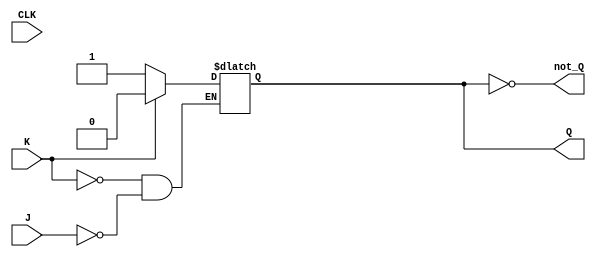
module jk_flip_flop (
    input wire J, // Set input
    input wire K, // Reset input
    input wire CLK, // Clock input
    output reg Q, // Output Q
    output reg not_Q // Output not Q
);

reg master_latch;
reg slave_latch;

always @ (posedge CLK)
    master_latch <= J & master_latch; // Update master latch on rising edge of clock

always @ (negedge CLK)
    slave_latch <= master_latch; // Update slave latch on falling edge of clock

always @ (*)
    begin
        if (K)
            Q <= 0;
        else if (J)
            Q <= 1;
        
        not_Q <= ~Q;
    end

endmodule